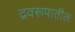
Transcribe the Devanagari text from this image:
द्रवरूपातील